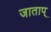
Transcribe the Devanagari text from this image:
जाताप्